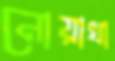
নোয়াখা